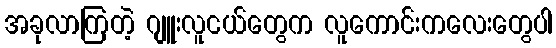
အခုလာကြတဲ့ ဂျူးလူငယ်တွေက လူကောင်းကလေးတွေပါ